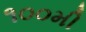
૧૦૦મી